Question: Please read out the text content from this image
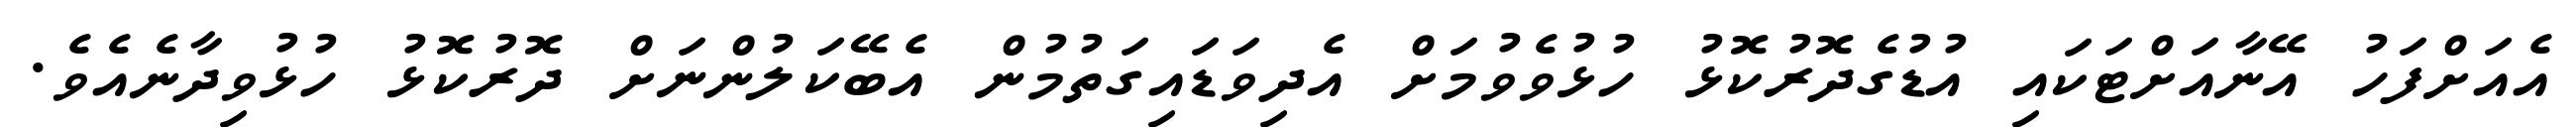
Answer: އެއަށްފަހު އޭނާއަށްޓަކައި އުޑުގެދޮރުކޮޅު ހުޅުވެވުމަށް އެދިވަޑައިގަތުމުން އެބޭކަލުންނަށް ދޮރުކޮޅު ހުޅުވިދާނެއެވެ.